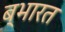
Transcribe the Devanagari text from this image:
ब्भारत